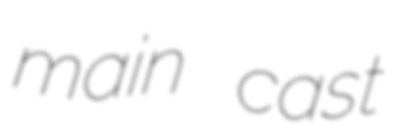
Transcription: main cast